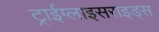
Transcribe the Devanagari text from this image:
ट्राईग्लाइसराइड्स